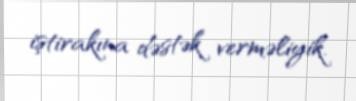
iştirakına dəstək verməliyik.